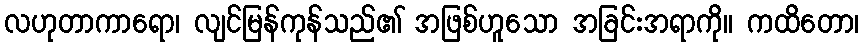
လဟုတာကာရော၊ လျင်မြန်ကုန်သည်၏ အဖြစ်ဟူသော အခြင်းအရာကို။ ကထိတော၊